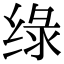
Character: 绿